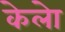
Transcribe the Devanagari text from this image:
केलेा